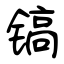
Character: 镐